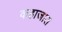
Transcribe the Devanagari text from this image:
कहाजात